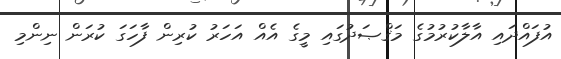
އުފައްދައި އާލާކުރުމުގެ މަޤްޞަދުގައި މީގެ އެއް އަހަރު ކުރިން ފާހަގަ ކުރަން ނިންމި